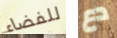
للفضاء دع